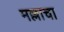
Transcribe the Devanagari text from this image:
मल्लाचा